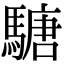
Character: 𩥁